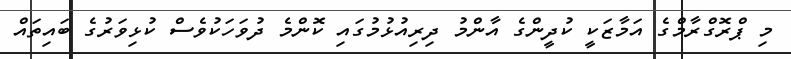
މި ޕްރޮގްރާމްގެ އަމާޒަކީ ކުދީންގެ އާންމު ދިރިއުޅުމުގައި ކޮންމެ ދުވަހަކުވެސް ކުޅިވަރުގެ ބައިތައް